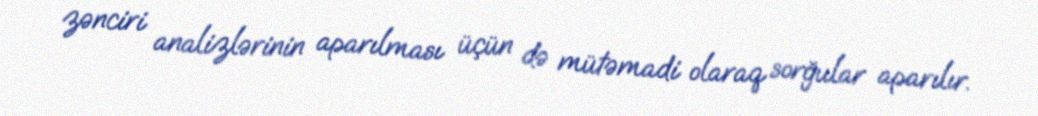
zənciri analizlərinin aparılması üçün də mütəmadi olaraq sorğular aparılır.